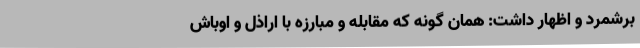
برشمرد و اظهار داشت: همان گونه که مقابله و مبارزه با اراذل و اوباش